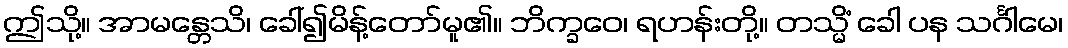
ဤသို့။ အာမန္တေသိ၊ ခေါ်၍မိန့်တော်မူ၏။ ဘိက္ခဝေ၊ ရဟန်းတို့။ တသ္မိံ ခေါ ပန သင်္ဂါမေ၊